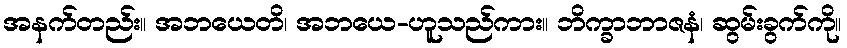
အနက်တည်း။ အဘယေတိ၊ အဘယေ-ဟူသည်ကား။ ဘိက္ခာဘာဇနံ၊ ဆွမ်းခွက်ကို။